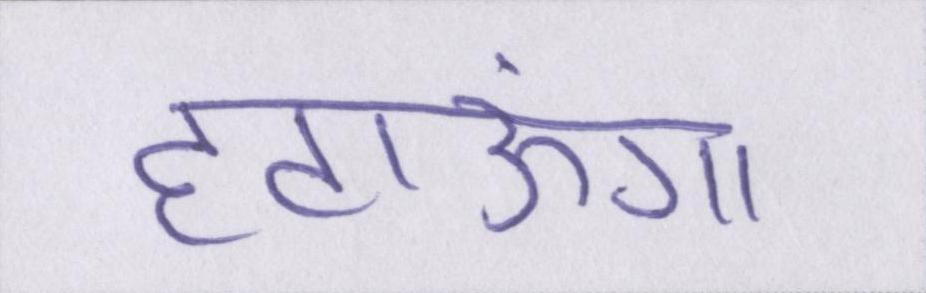
हटाऊंगा